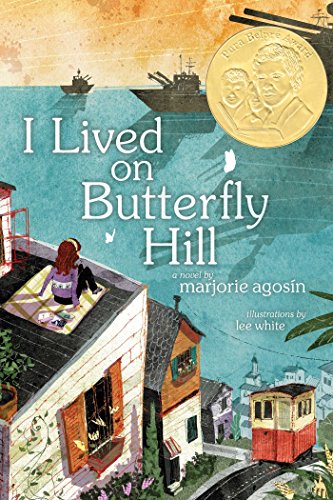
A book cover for I Lived on Butterfly Hill; Marjorie Agosin; Children's Books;